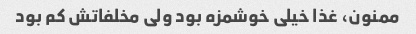
ممنون، غذا خیلی خوشمزه بود ولی مخلفاتش کم بود